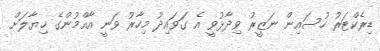
ޑިރެކްޓަރު ހުސައިން ނަޒީރު ވިދާޅުވީ އެ ގަވައިދު މިހާރު ވަނީ އާއްމުންގެ ޚިޔާލަށް